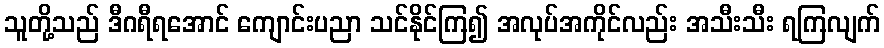
သူတို့သည် ဒီဂရီရအောင် ကျောင်းပညာ သင်နိုင်ကြ၍ အလုပ်အကိုင်လည်း အသီးသီး ရကြလျက်